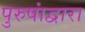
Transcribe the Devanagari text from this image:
पुरुषांद्वारा